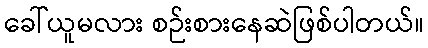
ခေါ်ယူမလား စဉ်းစားနေဆဲဖြစ်ပါတယ်။